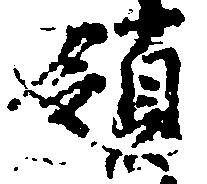
領